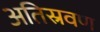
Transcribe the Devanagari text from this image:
अतिस्रवण